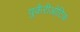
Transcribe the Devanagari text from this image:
युकैरीओटिक